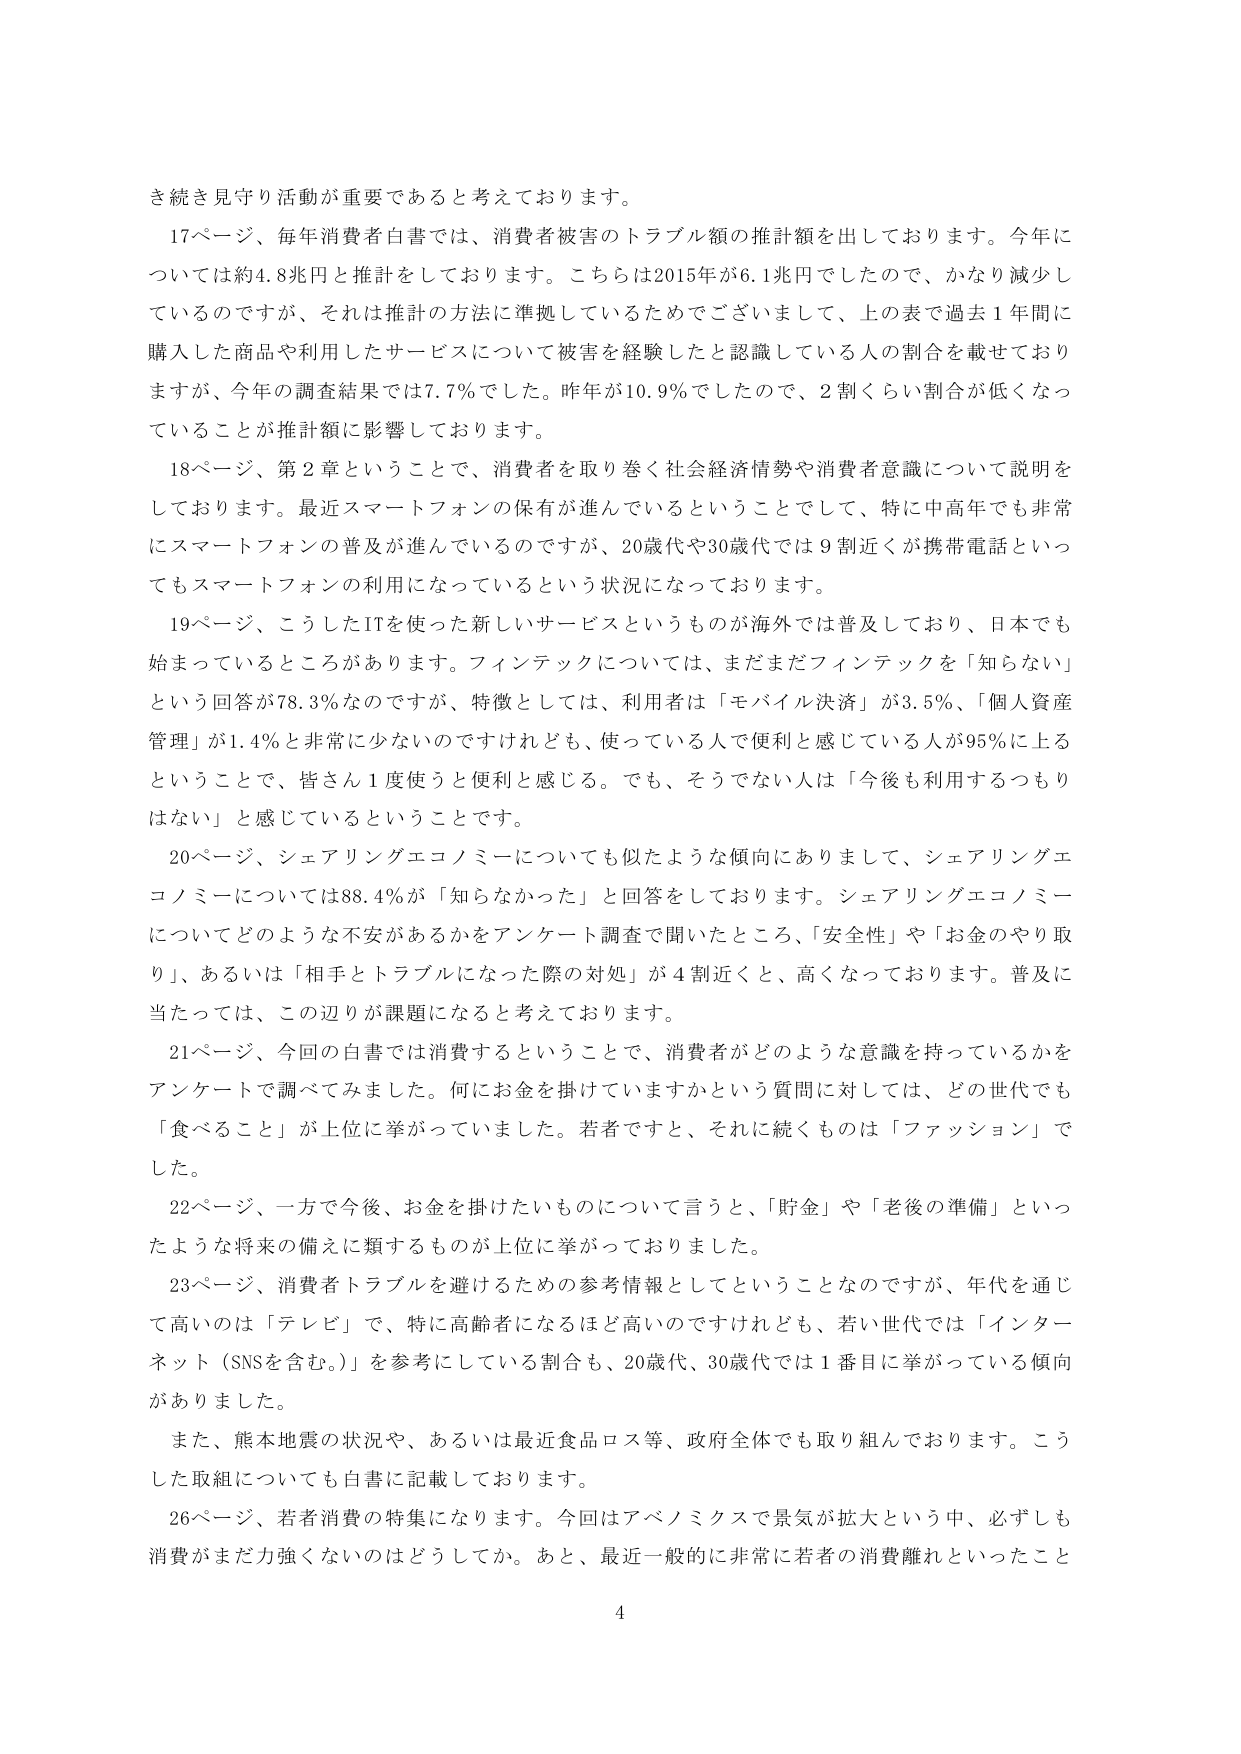
き続き見守り活動が重要であると考えております。

17ページ、毎年消費者白書では、消費者被害のトラブル額の推計額を出しております。今年については約4.8兆円と推計しております。こちらは2015年が6.1兆円でしたので、かなり減少しているのですが、それは推計の方法に準拠しているためでございまして、上の表で過去1年間に購入した商品や利用したサービスについて被害を経験したと認識している人の割合を載せておりますが、今年の調査結果では7.7％でした。昨年が10.9％でしたので、2割くらい割合が低くなっていることが推計額に影響しております。

18ページ、第2章ということで、消費者を取り巻く社会経済情勢や消費者意識について説明しております。最近スマートフォンの保有が進んでいるということでして、特に中高年でも非常にスマートフォンの普及が進んでいるのですが、20歳代や30歳代では9割近くが携帯電話といってもスマートフォンの利用になっているという状況になっております。

19ページ、こうしたITを使った新しいサービスというものが海外では普及しており、日本でも始まっているところがあります。フィンテックについては、まだまだフィンテックを「知らない」という回答が78.3％なのですが、特徴としては、利用者は「モバイル決済」が3.5％、「個人資産管理」が1.4％と非常に少ないのですけれども、使っている人で便利と感じている人が95％以上ということで、皆さん1度使うと便利と感じる。でも、そうでない人は「今後も利用するつもりはない」と感じているということです。

20ページ、シェアリングエコノミーについても似たような傾向にありまして、シェアリングエコノミーについては88.4％が「知らなかった」と回答しております。シェアリングエコノミーについてどのような不安があるかをアンケート調査で聞いたところ、「安全性」や「お金のやり取り」、あるいは「相手とトラブルになった際の対処」が4割近くと、高くなっております。普及に当たっては、この辺りが課題になると考えております。

21ページ、今回の白書では消費するということで、消費者がどのような意識を持っているかをアンケートで調べてみました。何にお金を掛けていますかという質問に対しては、どの世代でも「食べること」が上位に挙がっていました。若者ですと、それに続くものは「ファッション」でした。

22ページ、一方で今後、お金を掛けたいものについて言うと、「貯金」や「老後の準備」といったような将来の備えに類するものが上位に挙がっておりました。

23ページ、消費者トラブルを避けるための参考情報としてということなのですが、年代を通じて高いのは「テレビ」で、特に高齢者になるほど高いのですけれども、若い世代では「インターネット（SNSを含む。）」を参考にしている割合も、20歳代、30歳代では1番目に挙がっている傾向がありました。

また、熊本地震の状況や、あるいは最近食品ロス等、政府全体でも取り組んでおります。こうした取組についても白書に記載しております。

26ページ、若者消費の特集になります。今回はアベノミクスで景気が拡大という中、必ずしも消費がまだ力強くないのはどうしてか。あと、最近一般的に非常に若者の消費離れといったこと

4